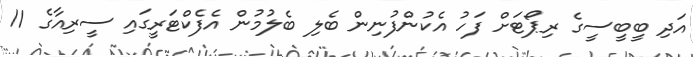
އަދި ބީބީސީގެ ރިޕޯޓަށް ފަހު އެކުންފުނިން ބެލި ބެލުމުން އެފެކްޓަރީގައި ސީރިއާގެ 11